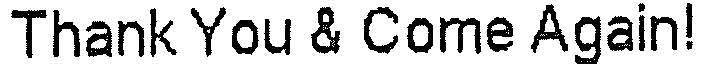
THANK YOU & COME AGAIN!